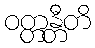
ဝတ္တန္တီတိ